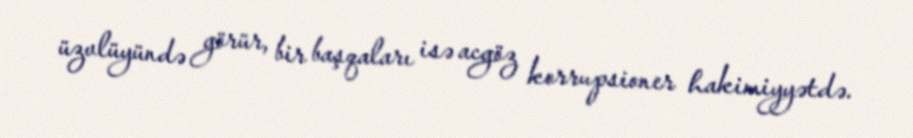
üzvlüyündə görür, bir başqaları isə acgöz korrupsioner hakimiyyətdə.